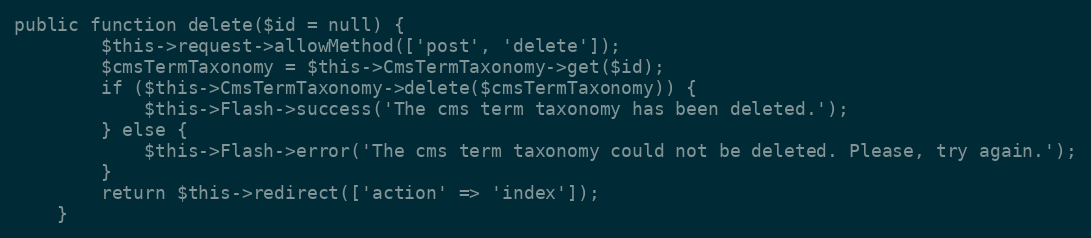
Language: PHP
public function delete($id = null) {
        $this->request->allowMethod(['post', 'delete']);
        $cmsTermTaxonomy = $this->CmsTermTaxonomy->get($id);
        if ($this->CmsTermTaxonomy->delete($cmsTermTaxonomy)) {
            $this->Flash->success('The cms term taxonomy has been deleted.');
        } else {
            $this->Flash->error('The cms term taxonomy could not be deleted. Please, try again.');
        }
        return $this->redirect(['action' => 'index']);
    }